system: You are a helpful assistant.
user:
Analyze the provided spectrum to determine if it is a **"Cataclysmic Variables (CV)"**.

- **Key Indicators for CV (Check for either state):**
    - **State 1: Quiescent / Low-State (Emission-Dominated)**
        - **(Primary):** Strong and *very broad* Hydrogen Balmer emission lines (e.g., $H\alpha$ at 6563 Å, $H\beta$ at 4861 Å). The 'broadness' (high velocity dispersion, often FWHM > 1000 km/s) is the key diagnostic, indicating a high-velocity accretion disk.
        - **(Secondary):** Broad neutral Helium (He I) emission lines (e.g., 5876 Å, 6678 Å).
        - **(Key Confirmation):** Presence of high-excitation *ionized* Helium (He II) emission at 4686 Å. This is a strong indicator of accretion onto a white dwarf.
        - **(Line Profile):** Emission lines may exhibit a 'double-peaked' profile, which is a classic signature of a rotating accretion disk viewed at high inclination.

    - **State 2: Outburst / High-State (Absorption-Dominated)**
        - **(Primary):** Spectrum is dominated by a bright, blue continuum (looks like a hot star).
        - **(Secondary):** The emission lines from State 1 are weak, absent, or 'filled in', and are replaced by broad, shallow *absorption* lines (primarily Balmer and He I).
        - **(Morphology):** The overall spectrum mimics a hot B/A-type star. The crucial difference is that the absorption lines are significantly broader, shallower, and more 'washed-out' (or 'smeared') than the sharp lines of a normal stellar photosphere, due to high rotational speeds and pressure broadening in the disk.

Think first, call **spectral_visualization_tool** if needed to examine features in detail, then provide your final answer. Your response must adhere to the following strict rules:
1.  **Overall Structure:** Your response must follow the format `<think>...</think> <tool_call>...</tool_call> (if a tool is used) <answer>...</answer>`.
2.  **Tool Usage Constraint:** You may only make **one** tool call per turn.
3.  **Final Answer Format:** In the `<answer>` tag, your conclusion must be inside a `\boxed{}` command (e.g., `\boxed{YES}`), followed by your justification.

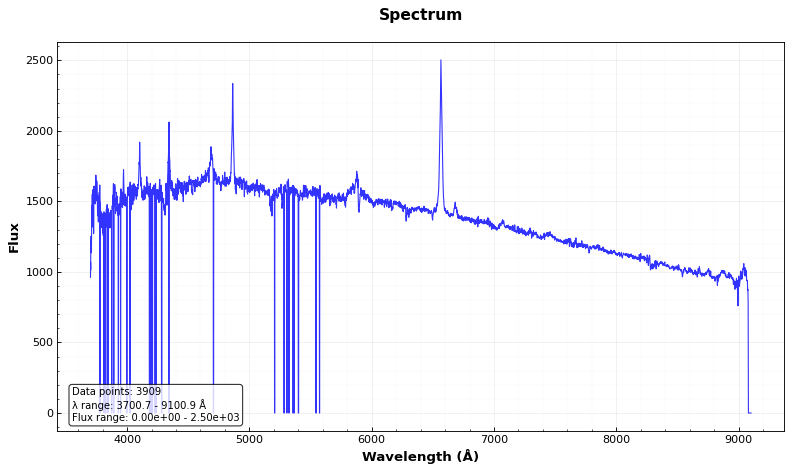
Answer: YES